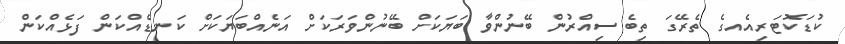
ކުޑަކޮޓަރިއެއގެ ތެރޭގަ ތިބެ ސިއްރުން ބޭނުންވާ ބަޔަކަށް ބޭނުންވަރަކަށް އަނެއްބަޔަކަށް ކަނޑެއްކަން ފަޅެއްކަން